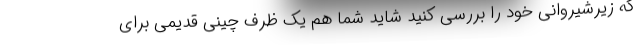
که زیرشیروانی خود را بررسی کنید شاید شما هم یک ظرف چینی قدیمی برای